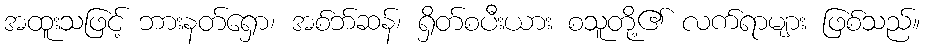
အထူးသဖြင့် ဘားနတ်ရှော၊ အစ်ဘ်ဆန်၊ ရှိတ်စပီးယား စသူတို့၏ လက်ရာများ ဖြစ်သည်။